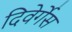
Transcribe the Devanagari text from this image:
दिवेर्गेस